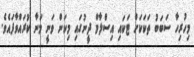
މިހުރިހާ ސަބަބު ތަކަކަށް ޓަކައި އިސްލާމް ދީނުގައި މިކަން ވަނީ މަނާ ކުރައްވާފައެވެ.